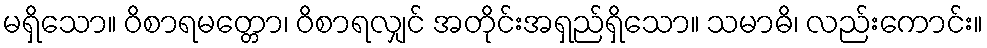
မရှိသော။ ဝိစာရမတ္တော၊ ဝိစာရလျှင် အတိုင်းအရှည်ရှိသော။ သမာဓိ၊ လည်းကောင်း။